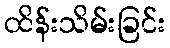
ထိန်းသိမ်းခြင်း